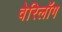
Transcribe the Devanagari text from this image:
वेरिलॉग